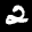
Label: 2